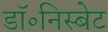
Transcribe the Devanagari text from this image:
डॉ॰निस्बेट